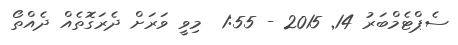
ސެޕްޓެމްބަރު 14